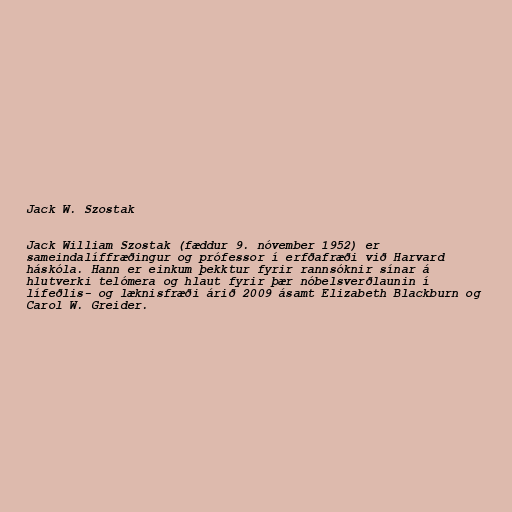
Jack W. Szostak

Jack William Szostak (fæddur 9. nóvember 1952) er
sameindalíffræðingur og prófessor í erfðafræði við Harvard
háskóla. Hann er einkum þekktur fyrir rannsóknir sínar á
hlutverki telómera og hlaut fyrir þær nóbelsverðlaunin í
lífeðlis- og læknisfræði árið 2009 ásamt Elizabeth Blackburn og
Carol W. Greider.